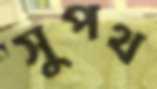
সুপথ